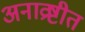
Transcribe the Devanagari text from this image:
अनाव्रष्टीत